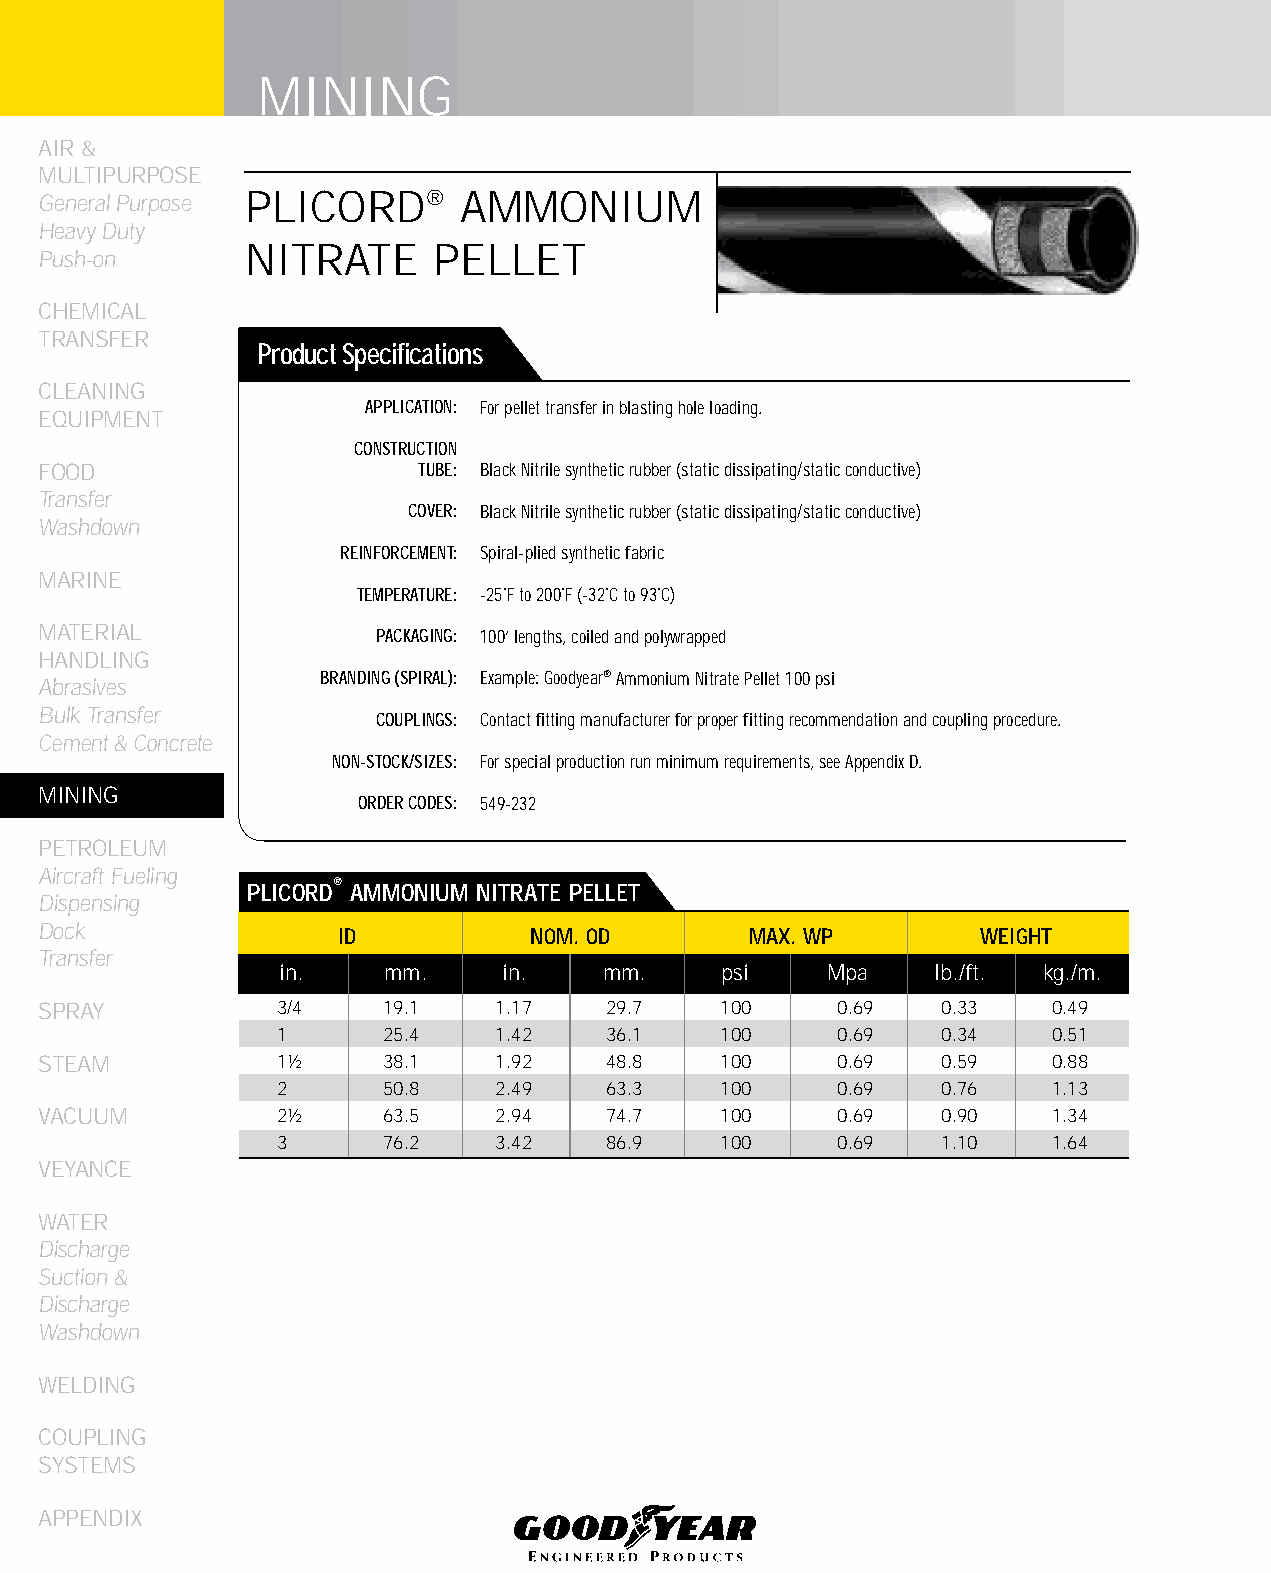
MINING
 AIR &
 MULTIPURPOSE
 General Purpose PLICORD®    AMMONIUM
 Heavy Duty
 NITRATE      PELLET
 Push-on
 CHEMICAL
 TRANSFER
 Product Specifications
 CLEANING
 APPLICATION: For pellet transfer in blasting hole loading.
 EqUIPMENT
 CONSTRUCTION
 FOOD                     TUBE: Black Nitrile synthetic rubber (static dissipating/static conductive)
 Transfer
 COVER: Black Nitrile synthetic rubber (static dissipating/static conductive)
 Washdown
 REINFORCEMENT: Spiral-plied synthetic fabric
 MARINE
 TEMPERATURE: -25˚F to 200˚F (-32˚C to 93˚C)
 MATERIAL              PACKAGING: 100’ lengths, coiled and polywrapped
 HANDLING
 BRANDING (SPIRAL): Example: Goodyear® Ammonium Nitrate Pellet 100 psi
 Abrasives
 Bulk Transfer
 COUPLINGS: Contact fitting manufacturer for proper fitting recommendation and coupling procedure.
 Cement & Concrete
 NON-STOCK/SIZES: For special production run minimum requirements, see Appendix D.
 MINING
 ORDER CODES: 549-232
 PETROLEUM
 Aircraft Fueling
 PLICORD® AMMONIUM NITRATE PELLET
 Dispensing
 Dock
 ID           NOM. OD        MAX. WP        WEIGHT
 Transfer
 in.    mm.    in.    mm.     psi    Mpa    lb./ft. kg./m.
 SPRAY          3/4    19.1    1.17   29.7    100     0.69  0.33    0.49
 1      25.4    1.42   36.1    100     0.69  0.34    0.51
 STEAM          1½     38.1    1.92   48.8    100     0.69  0.59    0.88
 2      50.8    2.49   63.3    100     0.69  0.76    1.13
 VACUUM         2½     63.5    2.94   74.7    100     0.69  0.90    1.34
 3      76.2    3.42   86.9    100     0.69  1.10    1.64
 VEYANCE
 WATER
 Discharge
 Suction &
 Discharge
 Washdown
 WELDING
 COUPLING
 SYSTEMS
 APPENDIX
 140